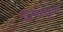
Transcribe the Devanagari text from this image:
दुग्धचूर्ण